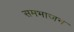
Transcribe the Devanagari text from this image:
समभाजन